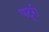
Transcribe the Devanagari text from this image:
पटूरी